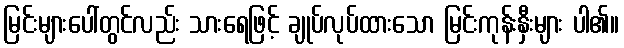
မြင်းများပေါ်တွင်လည်း သားရေဖြင့် ချုပ်လုပ်ထားသော မြင်းကုန်းနှီးများ ပါ၏။